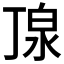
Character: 𪵿